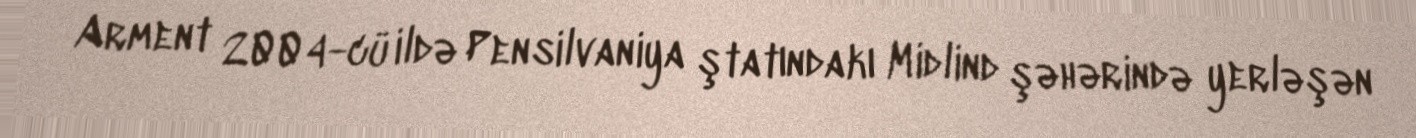
Arment 2004-cü ildə Pensilvaniya ştatındakı Midlind şəhərində yerləşən